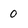
Character: o